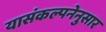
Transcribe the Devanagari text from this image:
यासंकल्पनेनुसार